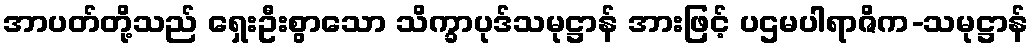
အာပတ်တို့သည် ရှေးဦးစွာသော သိက္ခာပုဒ်သမုဋ္ဌာန် အားဖြင့် ပဌမပါရာဇိက-သမုဋ္ဌာန်